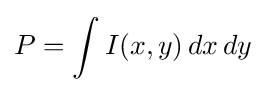
P=\int I(x,y)\,dx\,dy